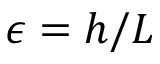
\epsilon = h / L